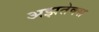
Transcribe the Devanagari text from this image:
अझतेक्स